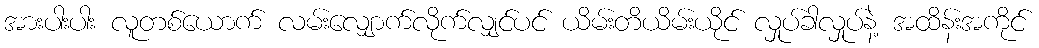
အားပါးပါး လူတစ်ယောက် လမ်းလျှောက်လိုက်လျှင်ပင် ယိမ်းတိယိမ်းယိုင် လှုပ်ခါလှုပ်နဲ့ အထိန်းအကိုင်